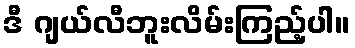
ဒီ ဂျယ်လီဘူးလိမ်းကြည့်ပါ။